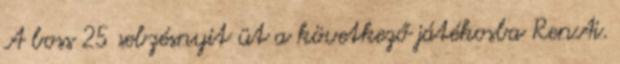
A boss 25 sebzésnyit üt a következő játékosba RenAi.